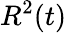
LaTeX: R^{2}(t)